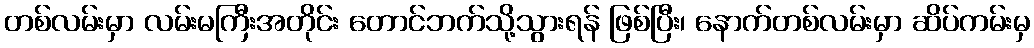
တစ်လမ်းမှာ လမ်းမကြီးအတိုင်း တောင်ဘက်သို့သွားရန် ဖြစ်ပြီး၊ နောက်တစ်လမ်းမှာ ဆိပ်ကမ်းမှ